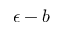
\epsilon - b